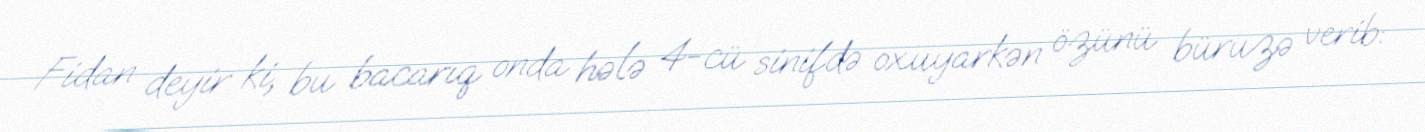
Fidan deyir ki, bu bacarıq onda hələ 4-cü sinifdə oxuyarkən özünü büruzə verib: